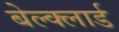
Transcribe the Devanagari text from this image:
बेल्क्लार्ड